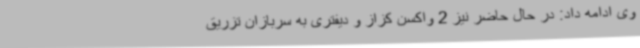
وی ادامه داد: در حال حاضر نیز 2 واکسن کزاز و دیفتری به سربازان تزریق